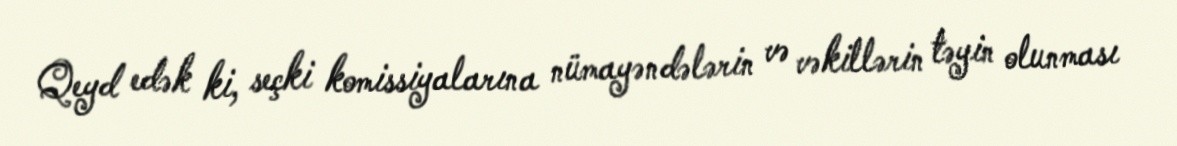
Qeyd edək ki, seçki komissiyalarına nümayəndələrin və vəkillərin təyin olunması